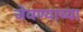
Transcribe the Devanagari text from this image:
जेवण्याच्या